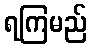
ရကြမည်